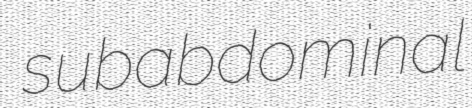
subabdominal